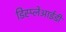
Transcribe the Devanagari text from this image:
डिस्प्लेआईडी